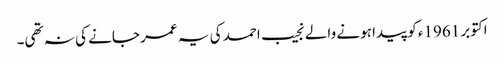
اکتوبر 1961ء کو پیدا ہونے والے نجیب احمد کی یہ عمر جانے کی نہ تھی۔